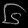
Digit: ၆